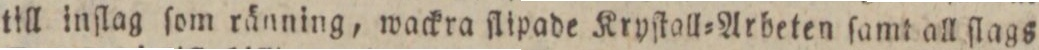
till inſlag ſom ränning, wackra ſlipade Kryſtall=Arbeten ſamt all ſlags